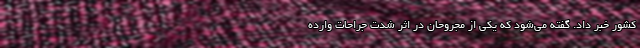
کشور خبر داد. گفته می‌شود که یکی از مجروحان در اثر شدت جراحات وارده